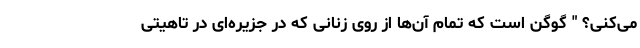
می‌کنی؟ " گوگن است که تمام آن‌ها از روی زنانی که در جزیره‌ای در تاهیتی